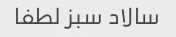
سالاد سبز لطفا